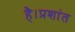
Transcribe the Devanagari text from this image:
है।प्रशांत